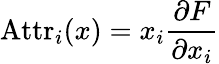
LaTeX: \textrm{Attr}_{i}(x)=x_{i}\frac{\partial F}{\partial x_{i}}